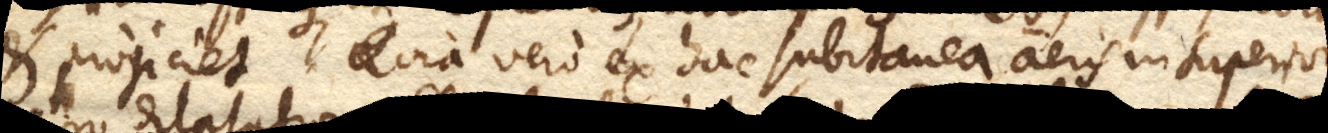
et projiciet. Quia vero ex hac subitanea aeris in superiori